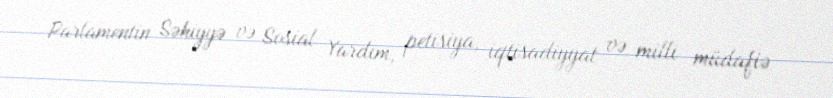
Parlamentin Səhiyyə və Sosial Yardım, petisiya, iqtisadiyyat və milli müdafiə